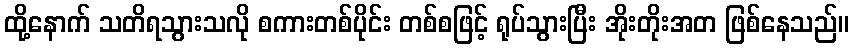
ထို့နောက် သတိရသွားသလို စကားတစ်ပိုင်း တစ်စဖြင့် ရုပ်သွားပြီး အိုးတိုးအတ ဖြစ်နေသည်။